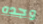
وجده